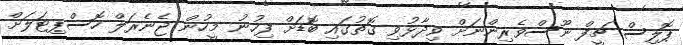
ޕޮލިސް ޗީފް ނޫސްވެެރިންނަށް ވިދާޅުވި ގޮތުގައި ބޮޑަށް ފިހުނު މީހުން ޖެނެރަލް ހޮސްޕިޓަލަށް